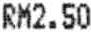
RM2.50